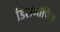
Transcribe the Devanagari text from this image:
डिसमॉर्फिक